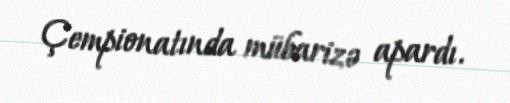
Çempionatında mübarizə apardı.